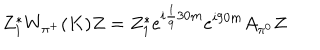
LaTeX: Z _ { 1 } ^ { * } W _ { \pi ^ { + } } ( K ) Z = Z _ { 1 } ^ { * } e ^ { i \frac 1 9 3 0 m } e ^ { i 9 0 m } A _ { \pi ^ { 0 } } Z